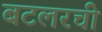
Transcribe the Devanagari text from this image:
बटलरची